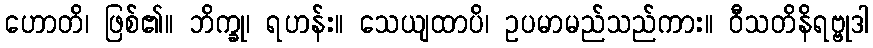
ဟောတိ၊ ဖြစ်၏။ ဘိက္ခု၊ ရဟန်း။ သေယျထာပိ၊ ဥပမာမည်သည်ကား။ ဝီသတိနိရဗ္ဗုဒါ